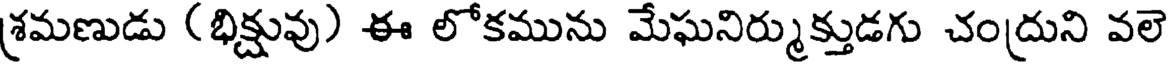
శ్రమణుడు (భిక్షువు) ఈ లోకమును మేఘనిర్ముక్తుడగు చంద్రుని వలె